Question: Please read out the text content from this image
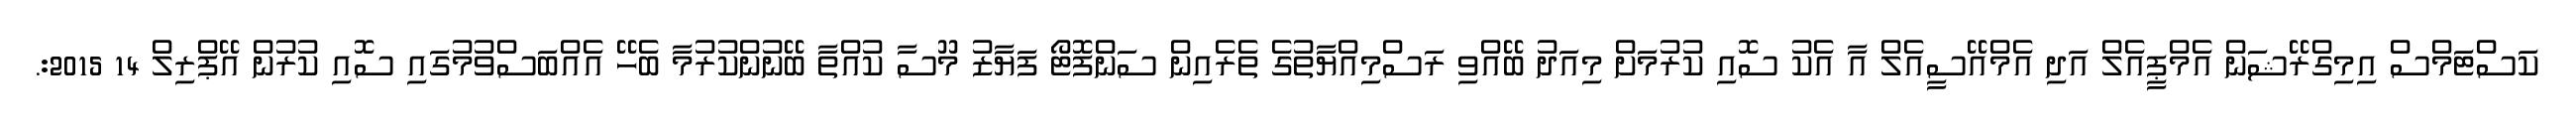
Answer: ކަސްޓަމްސް އިމިގްރޭޝަން އެމްޕީއެލް އަދި އެމްއޭސީއެލް އާ އެކު ސޮއި ކުރުމަށް މިއަދު ބޭއްވި ރަސްމިއްޔާތުގެ ތެރެއިން ސަންފޮޓޯ ފަޔާޒު މޫސާ ކުއްތާ ބޭނުންކުރުމާ ބެހޭ އެއްބަސްވުމުގައި ސޮއި ކުރުން އޭޕްރިލް 14 2015:.